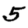
Digit: 5